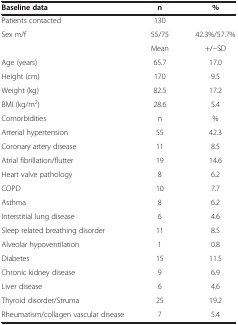
| Baseline data | n | % |
 | --- | --- | --- |
 | Patients contacted | 130 |  |
 | Sex m/f | 55/75 | 42.3%/57.7% |
 |  | Mean | +/-SD |
 | Age (years) | 65.7 | 17.0 |
 | Height (cm) | 170 | 9.5 |
 | Weight (kg) | 82.5 | 17.2 |
 | BMI (kg/m2) | 28.6 | 5.4 |
 | Comorbidities | n | % |
 | Arterial hypertension | 55 | 42.3 |
 | Coronary artery disease | 11 | 8.5 |
 | Atrial fibrillation/flutter | 19 | 14.6 |
 | Heart valve pathology | 8 | 6.2 |
 | COPD | 10 | 7.7 |
 | Asthma | 8 | 6.2 |
 | Interstitial lung disease | 6 | 4.6 |
 | Sleep related breathing disorder | 11 | 8.5 |
 | Alveolar hypoventilation | 1 | 0.8 |
 | Diabetes | 15 | 11.5 |
 | Chronic kidney disease | 9 | 6.9 |
 | Liver disease | 6 | 4.6 |
 | Thyroid disorder/Struma | 25 | 19.2 |
 | Rheumatism/collagen vascular disease | 7 | 5.4 |